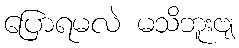
ပြောရမလဲ မသိဘူးဗျ